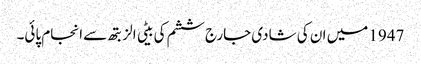
1947 میں ان کی شادی جارج ششم کی بیٹی الزبتھ سے انجام پائی۔